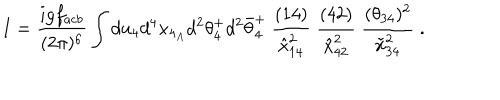
I = { \frac { i g f _ { a c b } } { ( 2 \pi ) ^ { 6 } } } \int d u _ { 4 } d ^ { 4 } x _ { 4 _ { A } } d ^ { 2 } \theta _ { 4 } ^ { + } d ^ { 2 } \bar { \theta } _ { 4 } ^ { + } \ { \frac { ( 1 4 ) } { \hat { x } _ { 1 4 } ^ { 2 } } } \; { \frac { ( 4 2 ) } { \hat { x } _ { 4 2 } ^ { 2 } } } \; { \frac { ( \theta _ { 3 4 } ) ^ { 2 } } { \tilde { x } _ { 3 4 } ^ { 2 } } } \; .